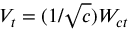
V _ { t } = ( 1 / { \sqrt { c } } ) W _ { c t }